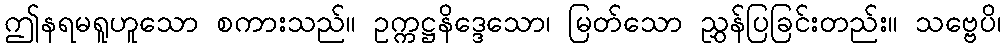
ဤနရမရူဟူသော စကားသည်။ ဥက္ကဋ္ဌနိဒ္ဒေသော၊ မြတ်သော ညွှန်ပြခြင်းတည်း။ သဗ္ဗေပိ၊